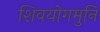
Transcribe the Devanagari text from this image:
शिवयोगमुनि